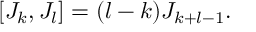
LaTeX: [ J _ { k } , J _ { l } ] = ( l - k ) J _ { k + l - 1 } .